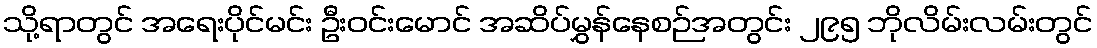
သို့ရာတွင် အရေးပိုင်မင်း ဦးဝင်းမောင် အဆိပ်မွှန်နေစဉ်အတွင်း ၂၉၅ ဘိုလိမ်းလမ်းတွင်